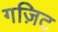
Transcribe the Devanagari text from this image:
गज़िट